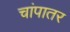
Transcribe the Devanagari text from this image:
चांपातर